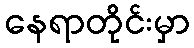
နေရာတိုင်းမှာ